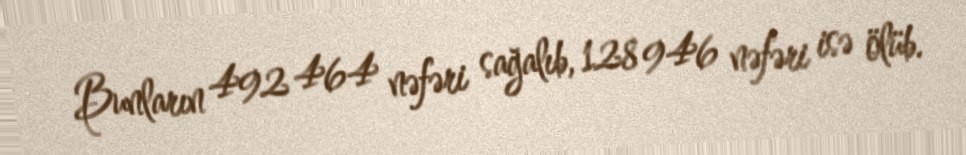
Bunların 492 464 nəfəri sağalıb, 128 946 nəfəri isə ölüb.